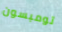
تومبسون